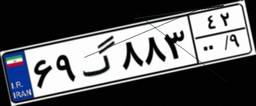
۶۹گ۸۸۳۴۲